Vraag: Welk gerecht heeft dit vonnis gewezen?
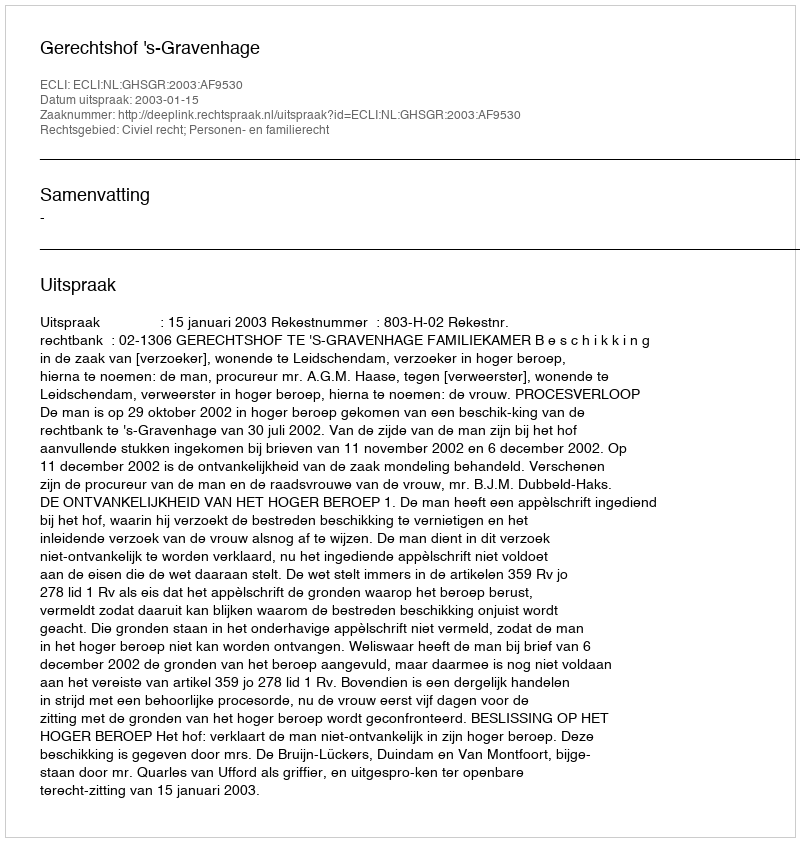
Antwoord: Gerechtshof 's-Gravenhage